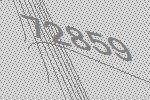
72859